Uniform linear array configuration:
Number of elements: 12
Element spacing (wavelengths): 0.5
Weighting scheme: cosine
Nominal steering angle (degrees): -30
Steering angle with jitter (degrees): -28.514
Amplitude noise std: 0.05
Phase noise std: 0.05

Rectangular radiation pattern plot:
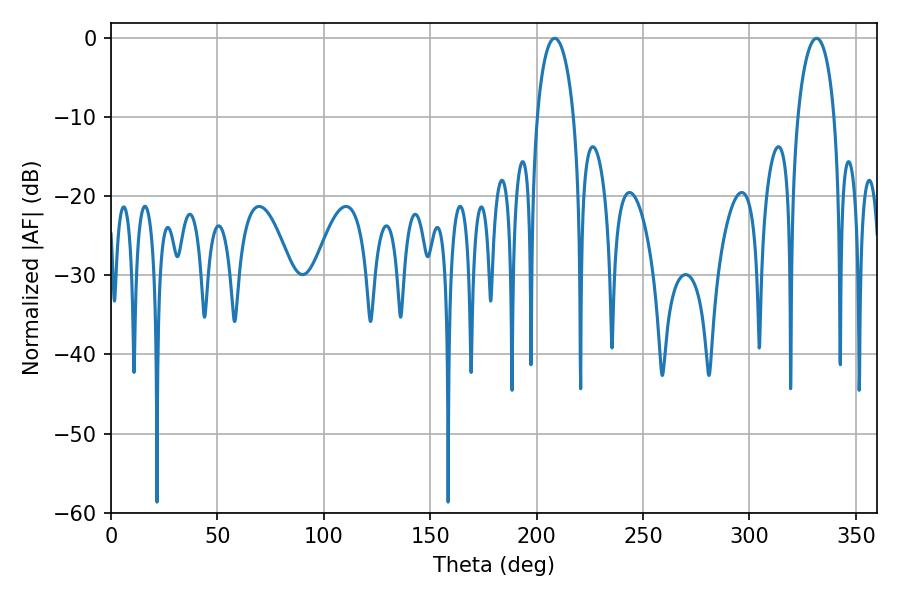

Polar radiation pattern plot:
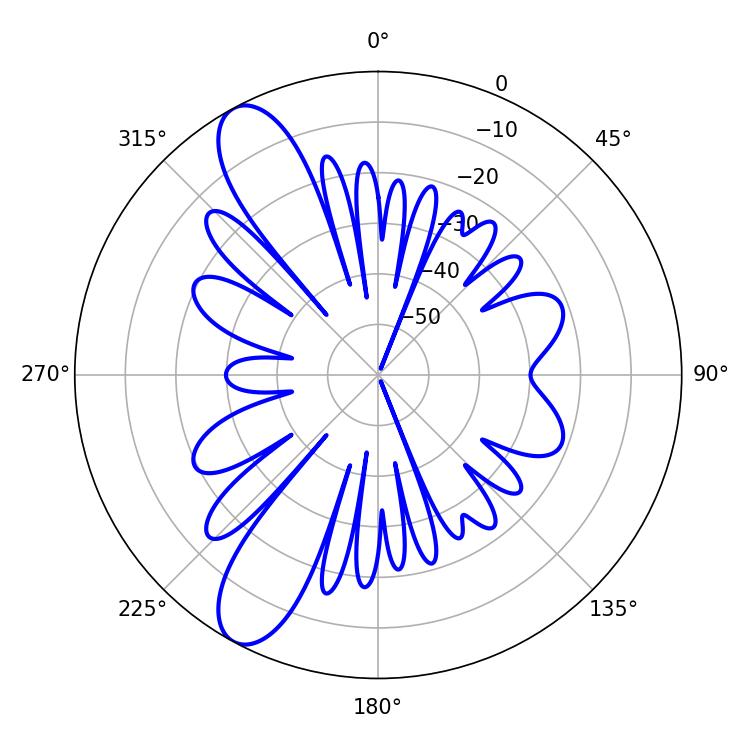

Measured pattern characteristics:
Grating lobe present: FALSE
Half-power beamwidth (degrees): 9.9
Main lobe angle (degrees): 208.44